Vaccine operations Central Provinces 1900-1911 - 1900-1911
Year: 1900
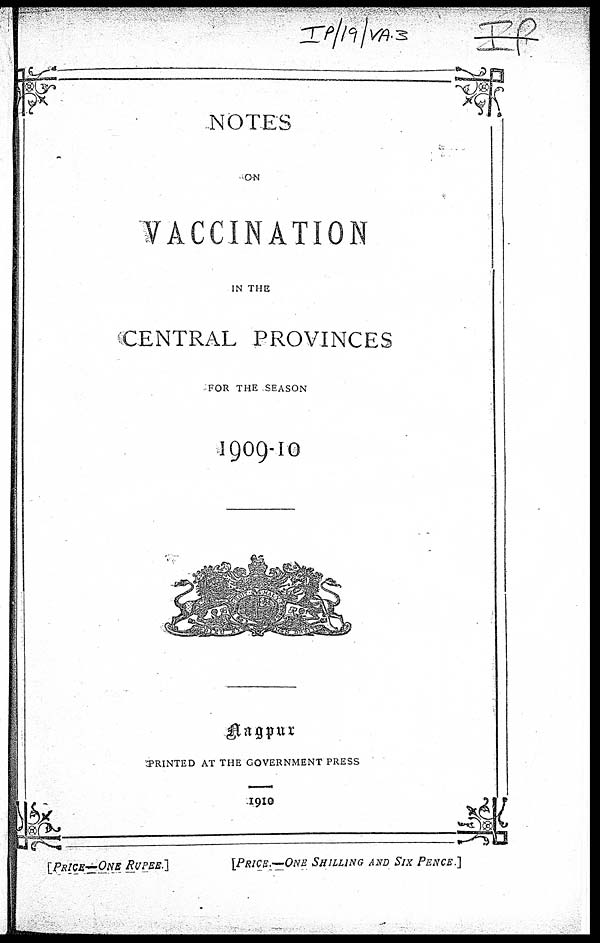
NOTES
ON
VACCINATION
IN THE
CENTRAL PROVINCES
FOR THE SEASON
1909-10
Nagpur
PRINTED AT THE GOVERNMENT PRESS
1910
[PRICE—ONE RUPEE.]
[PRICE.—ONE SHILLING AND SIX PENCE.]